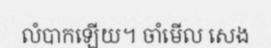
លំបាកឡើយ។ ចាំមើល សេង